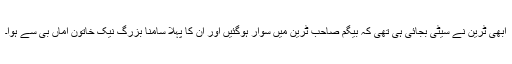
ابھی ٹرین نے سیٹی بجائی ہی تھی کہ بیگم صاحب ٹرین میں سوار ہوگئیں اور ان کا پہلا سامنا بزرگ نیک خاتون اماں بی سے ہوا۔